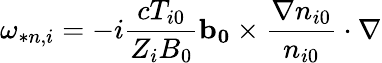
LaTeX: \omega_{*n,i}=-i\frac{cT_{i0}}{Z_{i}B_{0}}\mathbf{b_{0}}\times\frac{\nabla n_{i0}}{n_{i0}}\cdot\nabla